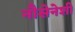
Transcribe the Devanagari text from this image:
नौसेनेशी